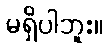
မရှိပါဘူး။